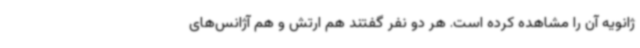
ژانویه آن را مشاهده کرده است. هر دو نفر گفتند هم ارتش و هم آژانس‌های